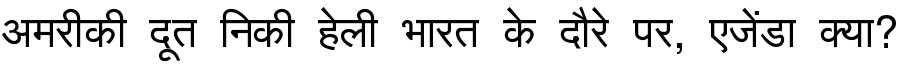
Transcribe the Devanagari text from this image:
अमरीकी दूत निकी हेली भारत के दौरे पर, एजेंडा क्या?